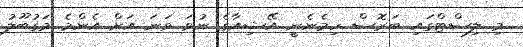
މި ލިސްޓްގައި ބަރޮސް ހިމެނެނީ އޭޝިއާގެ ނުވަ ވަނަ އަށް އެންމެ މަގުބޫލު